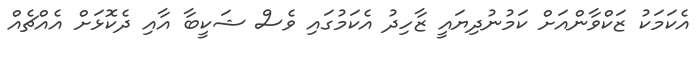
އެކަމަކު ޒަކްވާންއަށް ކަމުނުދިޔައީ ޒާހިދު އެކަމުގައި ވެސް ޝަކީބާ އާއި ދެކޮޅަށް އެއްޗެއް